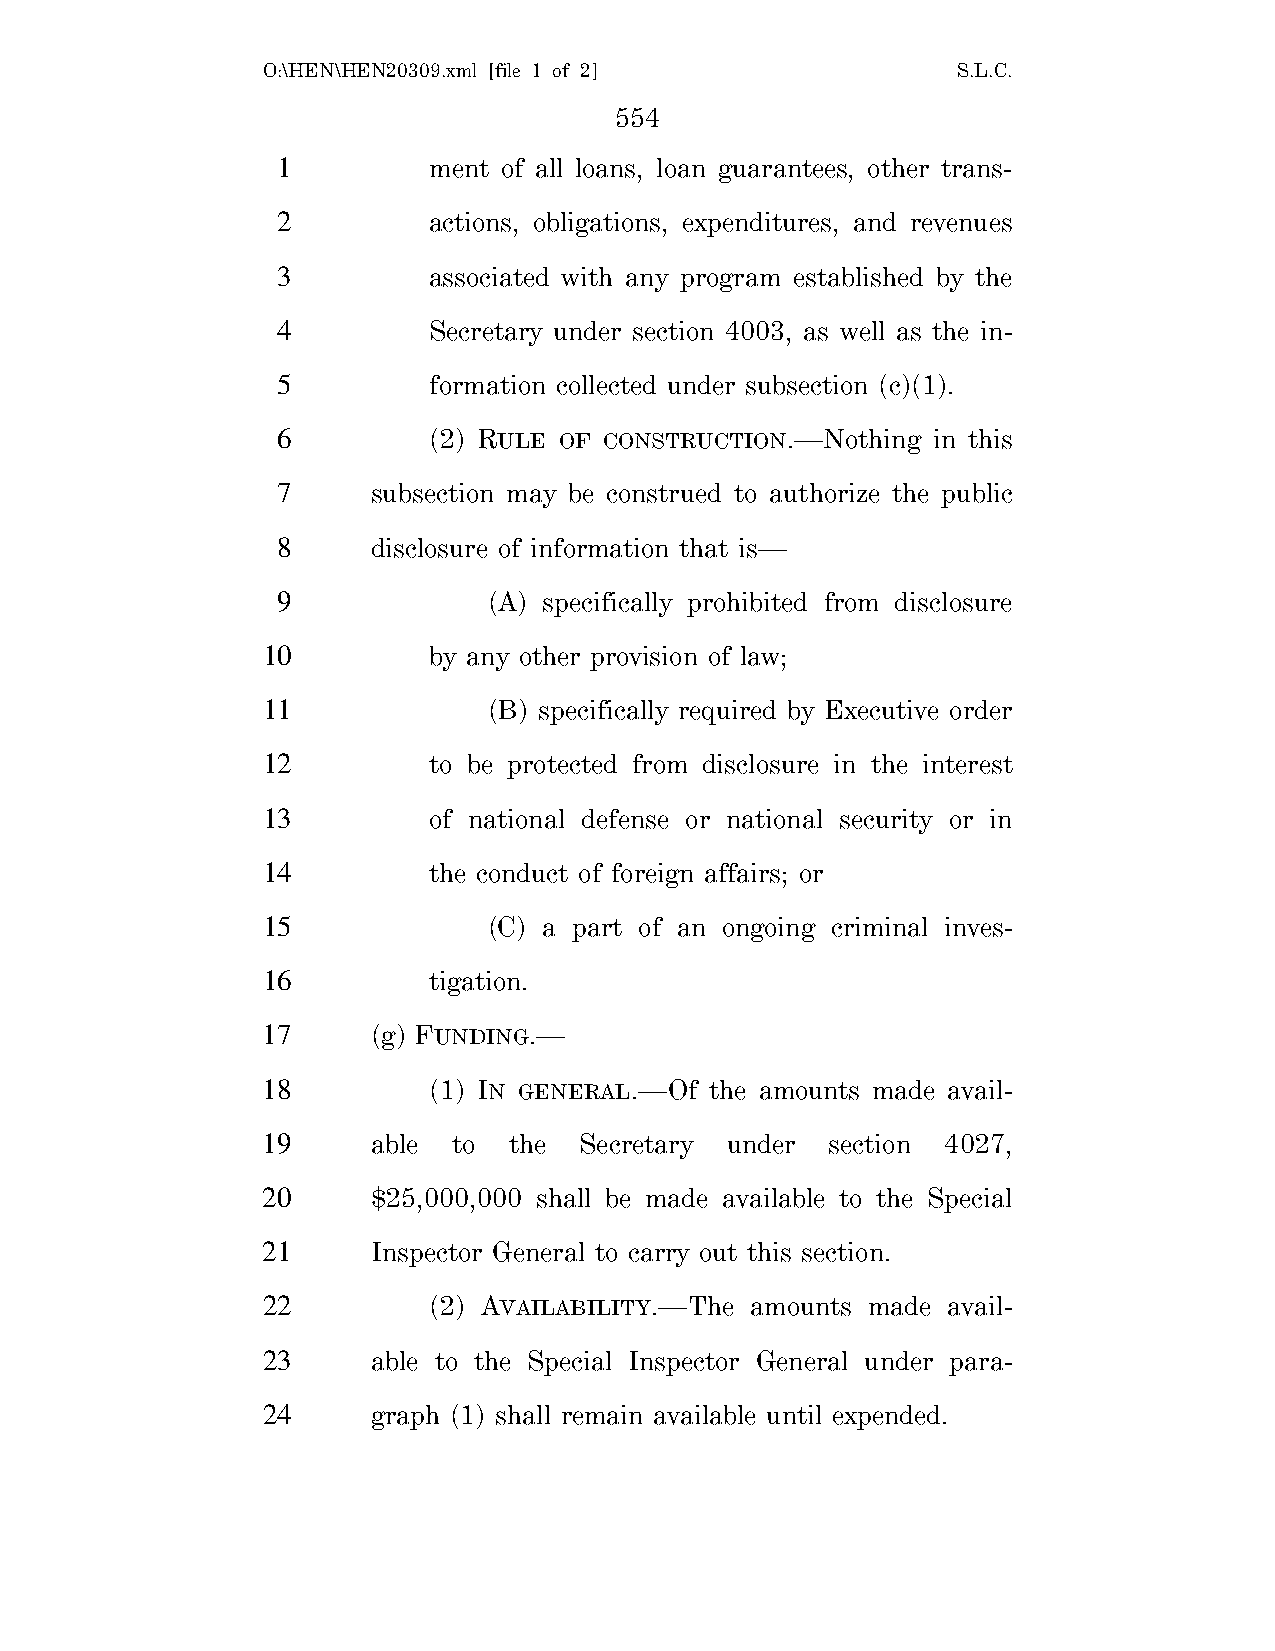
O:\HEN\HEN20309.xml [file 1 of 2]             S.L.C.
 554
 1         ment of all loans, loan guarantees, other trans-
 2         actions, obligations, expenditures, and revenues
 3         associated with any program established by the
 4         Secretary under section 4003, as well as the in-
 5         formation collected under subsection (c)(1).
 6         (2) RULE OF CONSTRUCTION.—Nothing in this
 7      subsection may be construed to authorize the public
 8      disclosure of information that is—
 9             (A) specifically prohibited from disclosure
 10         by any other provision of law;
 11             (B) specifically required by Executive order
 12         to be protected from disclosure in the interest
 13         of national defense or national security or in
 14         the conduct of foreign affairs; or
 15             (C) a part of an ongoing criminal inves-
 16         tigation.
 17      (g) FUNDING.—
 18         (1) IN GENERAL.—Of the amounts made avail-
 19      able to  the Secretary under  section 4027,
 20      $25,000,000 shall be made available to the Special
 21      Inspector General to carry out this section.
 22         (2) AVAILABILITY.—The amounts made avail-
 23      able to the Special Inspector General under para-
 24      graph (1) shall remain available until expended.